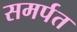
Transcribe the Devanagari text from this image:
समर्पत